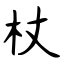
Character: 杖